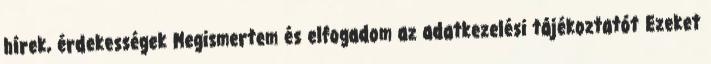
hírek, érdekességek Megismertem és elfogadom az adatkezelési tájékoztatót Ezeket